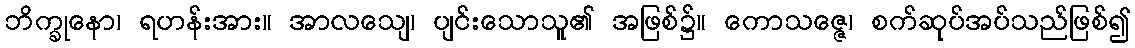
ဘိက္ခုနော၊ ရဟန်းအား။ အာလသျေ၊ ပျင်းသောသူ၏ အဖြစ်၌။ ကောသဇ္ဇေ၊ စက်ဆုပ်အပ်သည်ဖြစ်၍